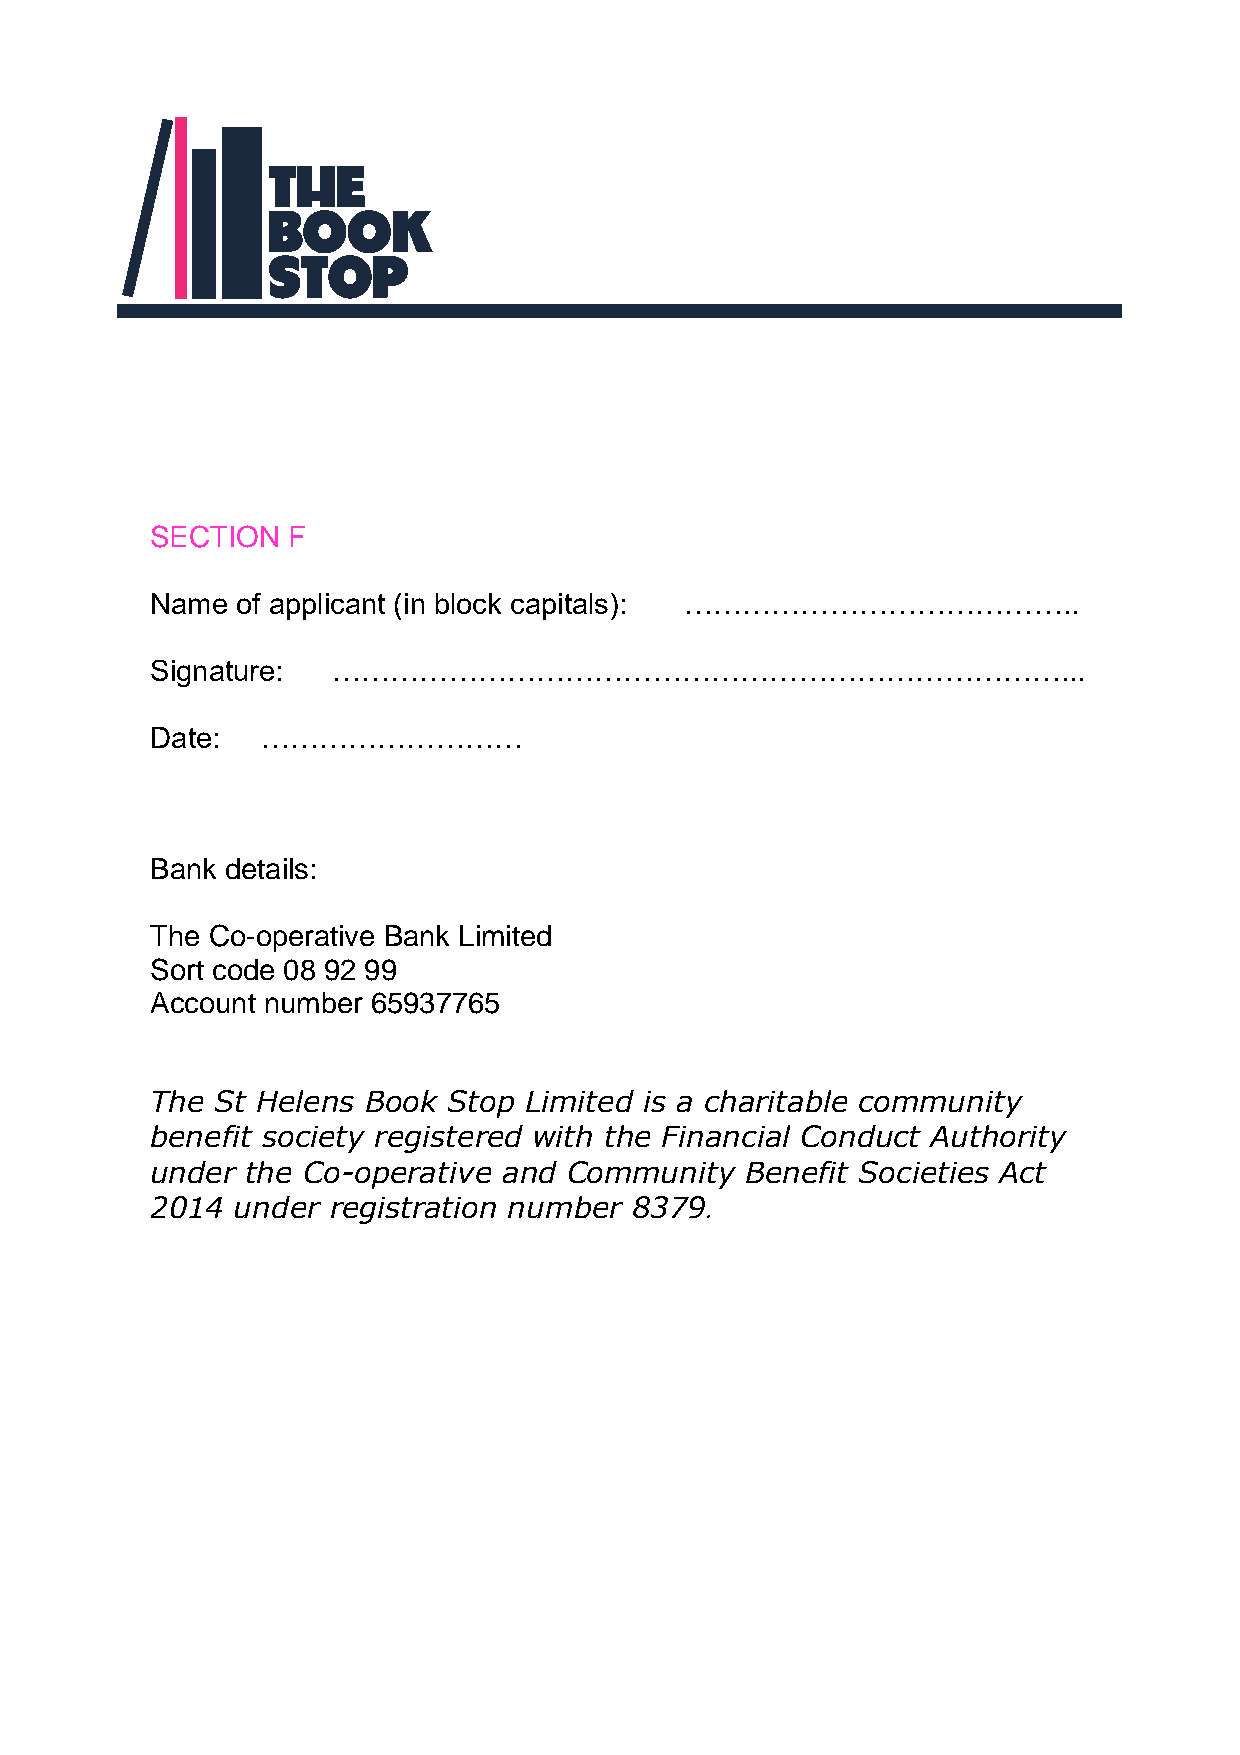
SECTION  F
 Name  of applicant (in block capitals): …………………………………..
 Signature:  …………………………………………………………………...
 Date:  ………………………
 Bank details:
 The Co-operative Bank Limited
 Sort code 08 92 99
 Account number 65937765
 The St Helens Book  Stop Limited is a charitable community
 benefit society registered with the Financial Conduct Authority
 under the Co-operative and Community   Benefit Societies Act
 2014  under registration number 8379
 .